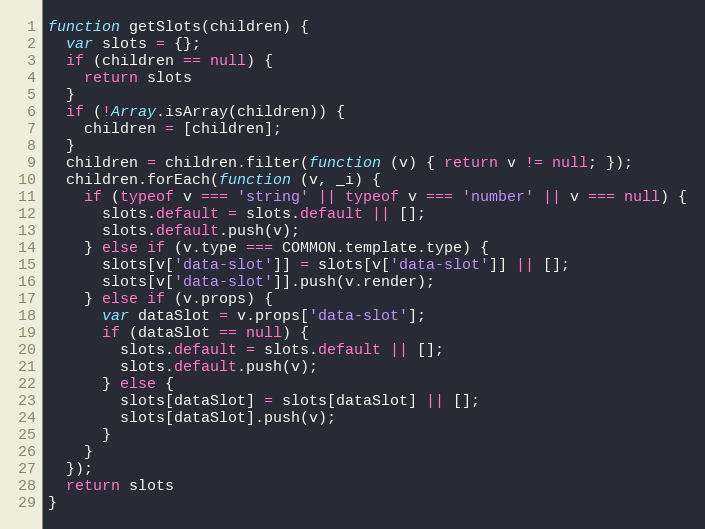
Language: JavaScript
function getSlots(children) {
  var slots = {};
  if (children == null) {
    return slots
  }
  if (!Array.isArray(children)) {
    children = [children];
  }
  children = children.filter(function (v) { return v != null; });
  children.forEach(function (v, _i) {
    if (typeof v === 'string' || typeof v === 'number' || v === null) {
      slots.default = slots.default || [];
      slots.default.push(v);
    } else if (v.type === COMMON.template.type) {
      slots[v['data-slot']] = slots[v['data-slot']] || [];
      slots[v['data-slot']].push(v.render);
    } else if (v.props) {
      var dataSlot = v.props['data-slot'];
      if (dataSlot == null) {
        slots.default = slots.default || [];
        slots.default.push(v);
      } else {
        slots[dataSlot] = slots[dataSlot] || [];
        slots[dataSlot].push(v);
      }
    }
  });
  return slots
}